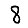
Digit: 8